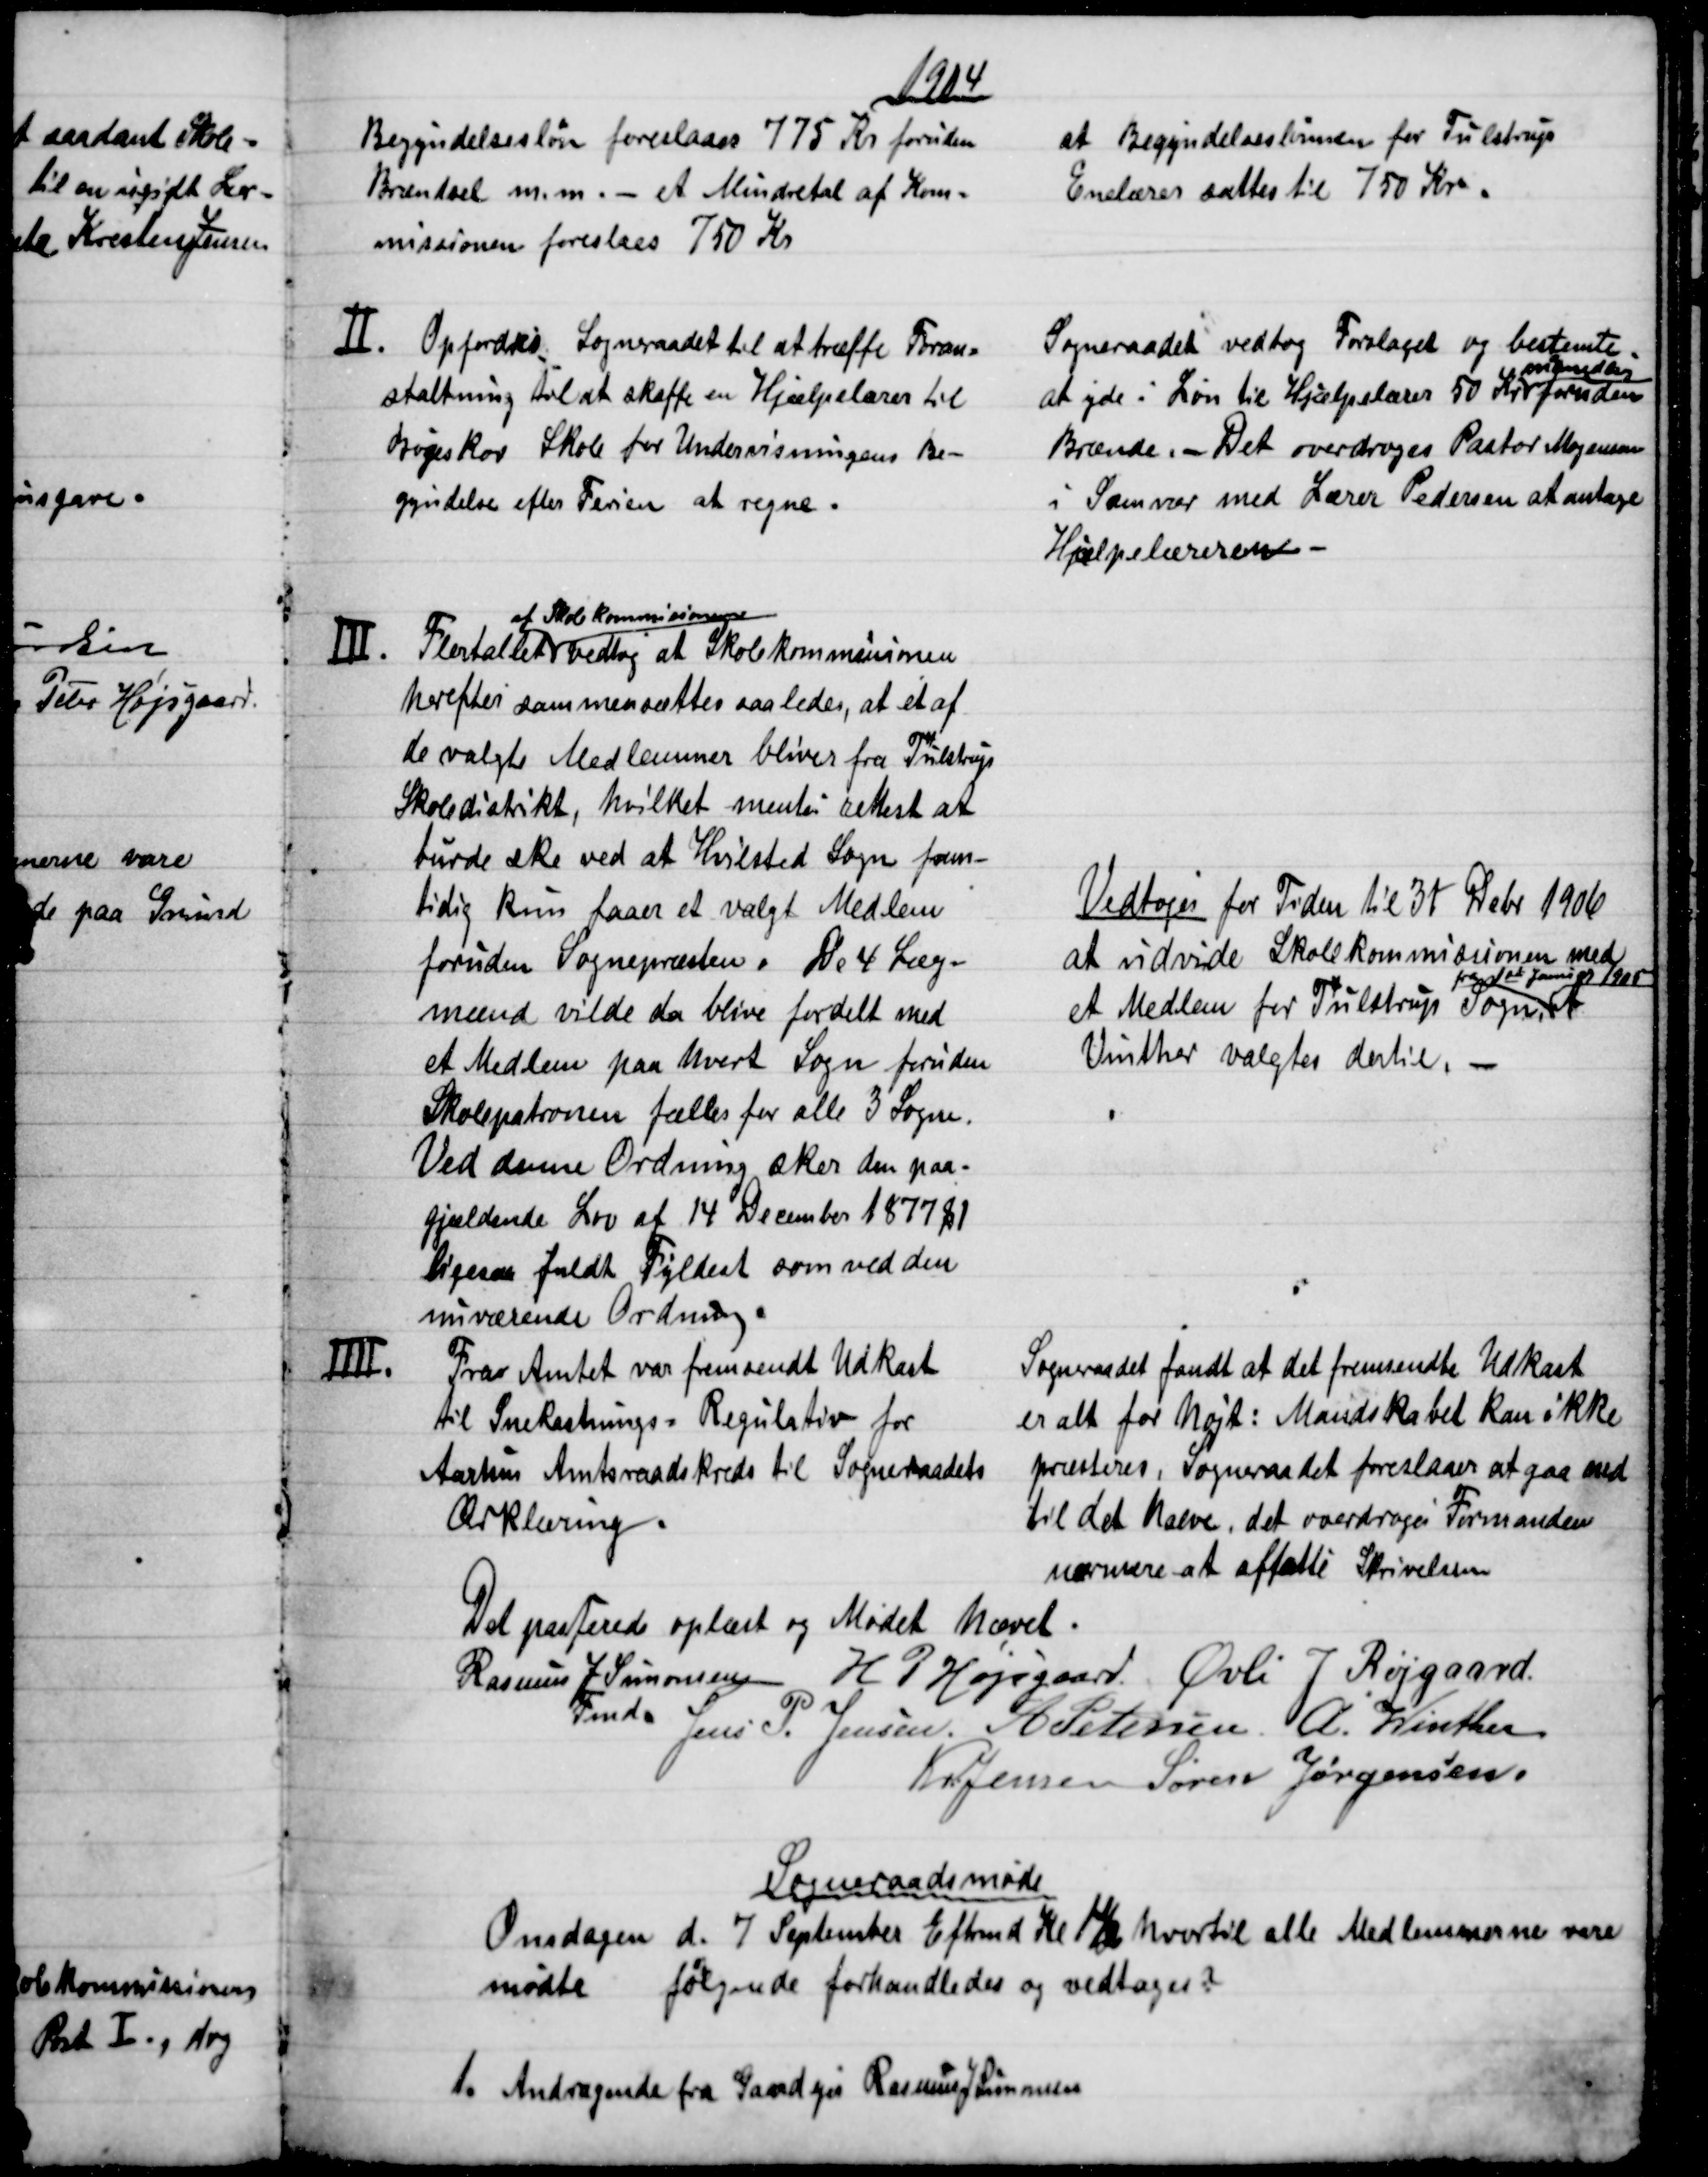
Transskription:
1904
Begyndelsesløn foreslaaes 775 Kr foruden
Brændsel m.m. - et Mindretal af Kom-
missionen foreslaes 750 Kr
at Begyndelseslønnen for Tulstrup
Enelærer sattes til 750 Kr.
Ⅱ. 
Opfordres. Sogneraadet til at træffe Foran=
staltning til at skaffe en Hjælpelærer til
Bøgeskov Skole for Undervisningens Be-
gyndelse efter Ferien at regne.
Sogneraadet vedtog Forslaget og bestemte.
at yde i Løn til Hjælpelærer 50 Kr
månedlig
foruden
Brænde. - Det overdroges Pastor Mogensen
i Samvær med Lærer Pedersen at antage
Hjælpelæreren.
Ⅲ.
Flertallet 
af Skolekommisionerne
vedtog at Skolekommisionen
herefter sammensættes saaledes, at et af
de valgte Medlemmer bliver fra Tulstrup
Skoledistrikt, hvilket mentes rettest at
burde ske ved at Hvilsted Sogn frem-
tidig kun faaer et valgt Medlem
foruden Sognepræsten. De 4 Læg-
mænd vilde da blive fordelt med
et Medlem paa hvert Sogn foruden
Skolepatronen fælles for alle 3 Sogne.
Ved denne Ordning sker den paa-
gjældende Lov af 14 December 1877 §1
ligesaa fuldt Fyldest som ved den
nuværende Ordning.
Vedtoges for Tiden til 31 Debr 1906
at udvide Skolekommissionen med
et Medlem for Tulstrup Sogn,
fra 1st Januar 1905 
A.
Vinther valgtes dertil.
IIII.
Fra Amtet var fremsendt Udkast
til Snekastnings = Regulativ for
Aarhus Amtsraadskreds til Sogneraadets
Ærklæring.
Sogneraadet fandt at det fremsendte Udkast
er alt for højt: Mandskabet kan ikke
præsteres, Sogneraadet foreslaaer at gaa ned
til det halve, det overdroges Formanden
nærmere at affatte Skrivelsen
Det passerede oplæst og Mødet hævet.
Rasmus J. Simonsen 
Fmd. 
H. P. Højsgaard Øvli J Røjgaard
Jens P. Jensen A Petersen A. Winther
Kr. Jensen Søren Jørgensen.
Sogneraadsmøde
Onsdagen d. 7 September Eftrmd Kl 1½ hvortil alle Medlemmerne vare
mødte følgende forhandledes og vedtoges 
1.
Andragende fra Gaardejer Rasmus J Simonsen